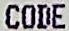
CODE